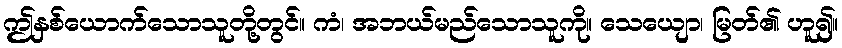
ဤနှစ်ယောက်သောသူတို့တွင်။ ကံ၊ အဘယ်မည်သောသူကို။ သေယျော၊ မြတ်၏ ဟူ၍။